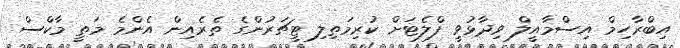
އިބްރާހިމް އިސްމާއީލް ވިދާޅުވީ ފްލެޓަށް ކުރިމަތިލި ޓީޗަރުންގެ ތެރެއިން އެންމެ މަތީ މާކްސް